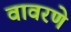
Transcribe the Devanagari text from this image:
वावरणे